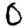
Digit: 0